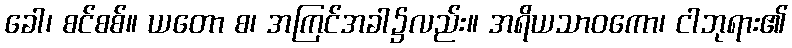
ခေါ၊ စင်စစ်။ ယတော စ၊ အကြင်အခါ၌လည်း။ အရိယသာဝကော၊ ငါဘုရား၏